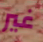
غير